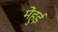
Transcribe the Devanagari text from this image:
मेंहुई